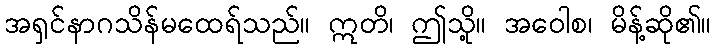
အရှင်နာဂသိန်မထေရ်သည်။ ဣတိ၊ ဤသို့။ အဝေါစ၊ မိန့်ဆို၏။